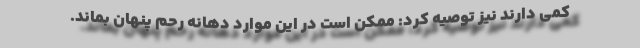
کمی دارند نیز توصیه کرد: ممکن است در این موارد دهانه رحم پنهان بماند.